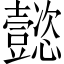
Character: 懿